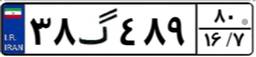
۳۸گ۴۸۹۸۰